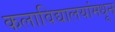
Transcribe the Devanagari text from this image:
कलाविद्यालयांमधून